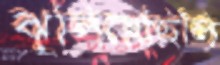
ঝুলিয়েছিলি